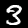
Label: 3